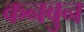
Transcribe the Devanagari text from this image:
कनबुन